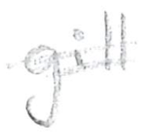
Text: gill
Cross-out: double-line
Writing tool: pencil